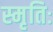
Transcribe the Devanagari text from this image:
स्मृतिः